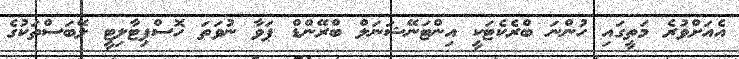
އެއަށްވުރެ މަތީގައި ހުންނަ ބްރެކެޓަކީ އިންޓަނޭޝަނަލް ބްރޭންޑް ޕަވާ ނުވަތަ ހޮސްޕިޓާލިޓީ ލޭބަސްތަކުގެ